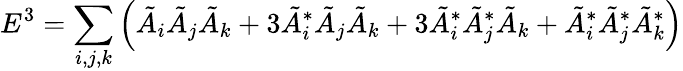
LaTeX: E^{3}=\sum_{i,j,k}\left(\tilde{A}_{i}\tilde{A}_{j}\tilde{A}_{k}+3\tilde{A}_{i}^{*}\tilde{A}_{j}\tilde{A}_{k}+3\tilde{A}_{i}^{*}\tilde{A}_{j}^{*}\tilde{A}_{k}+\tilde{A}_{i}^{*}\tilde{A}_{j}^{*}\tilde{A}_{k}^{*}\right)